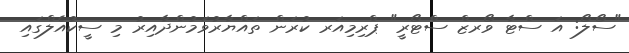
"ސޯލޯ: އަ ސްޓާ ވޯރޒް ސްޓޯރީ" ޕްރިމިއަރ ކުރަން ތައްޔާރުވަމުންދާއިރު މި ސީކުއެލްގައި